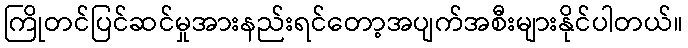
ကြိုတင်ပြင်ဆင်မှုအားနည်းရင်တော့အပျက်အစီးများနိုင်ပါတယ်။